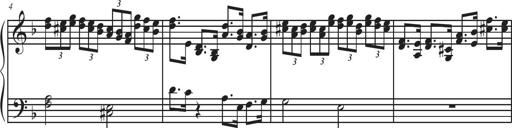
Title: Sonatina Espania
Composer: Jerald Franklin Archer
Key: Various